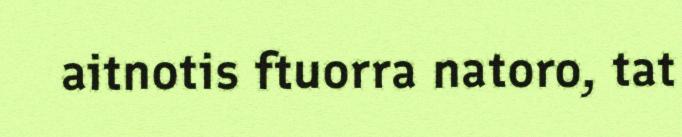
aitnotis ftuorra natoro, tat